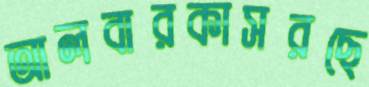
আলবারকাসরছে